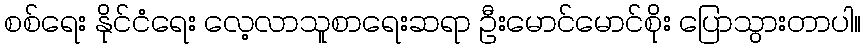
စစ်ရေး နိုင်ငံရေး လေ့လာသူစာရေးဆရာ ဦးမောင်မောင်စိုး ပြောသွားတာပါ။